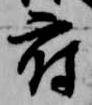
府